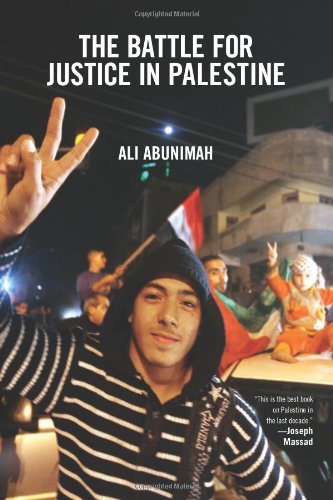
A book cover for The Battle for Justice in Palestine; Ali Abunimah; History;